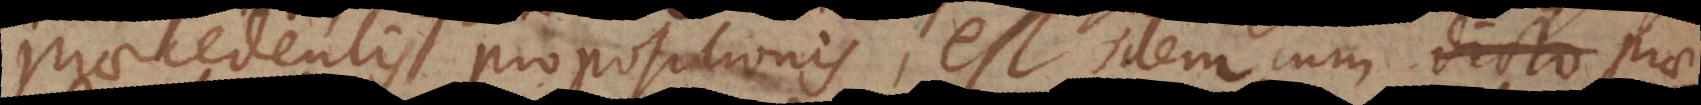
praecedentis propositionis, est idem cum praedicato dictae